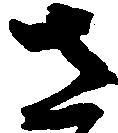
さ